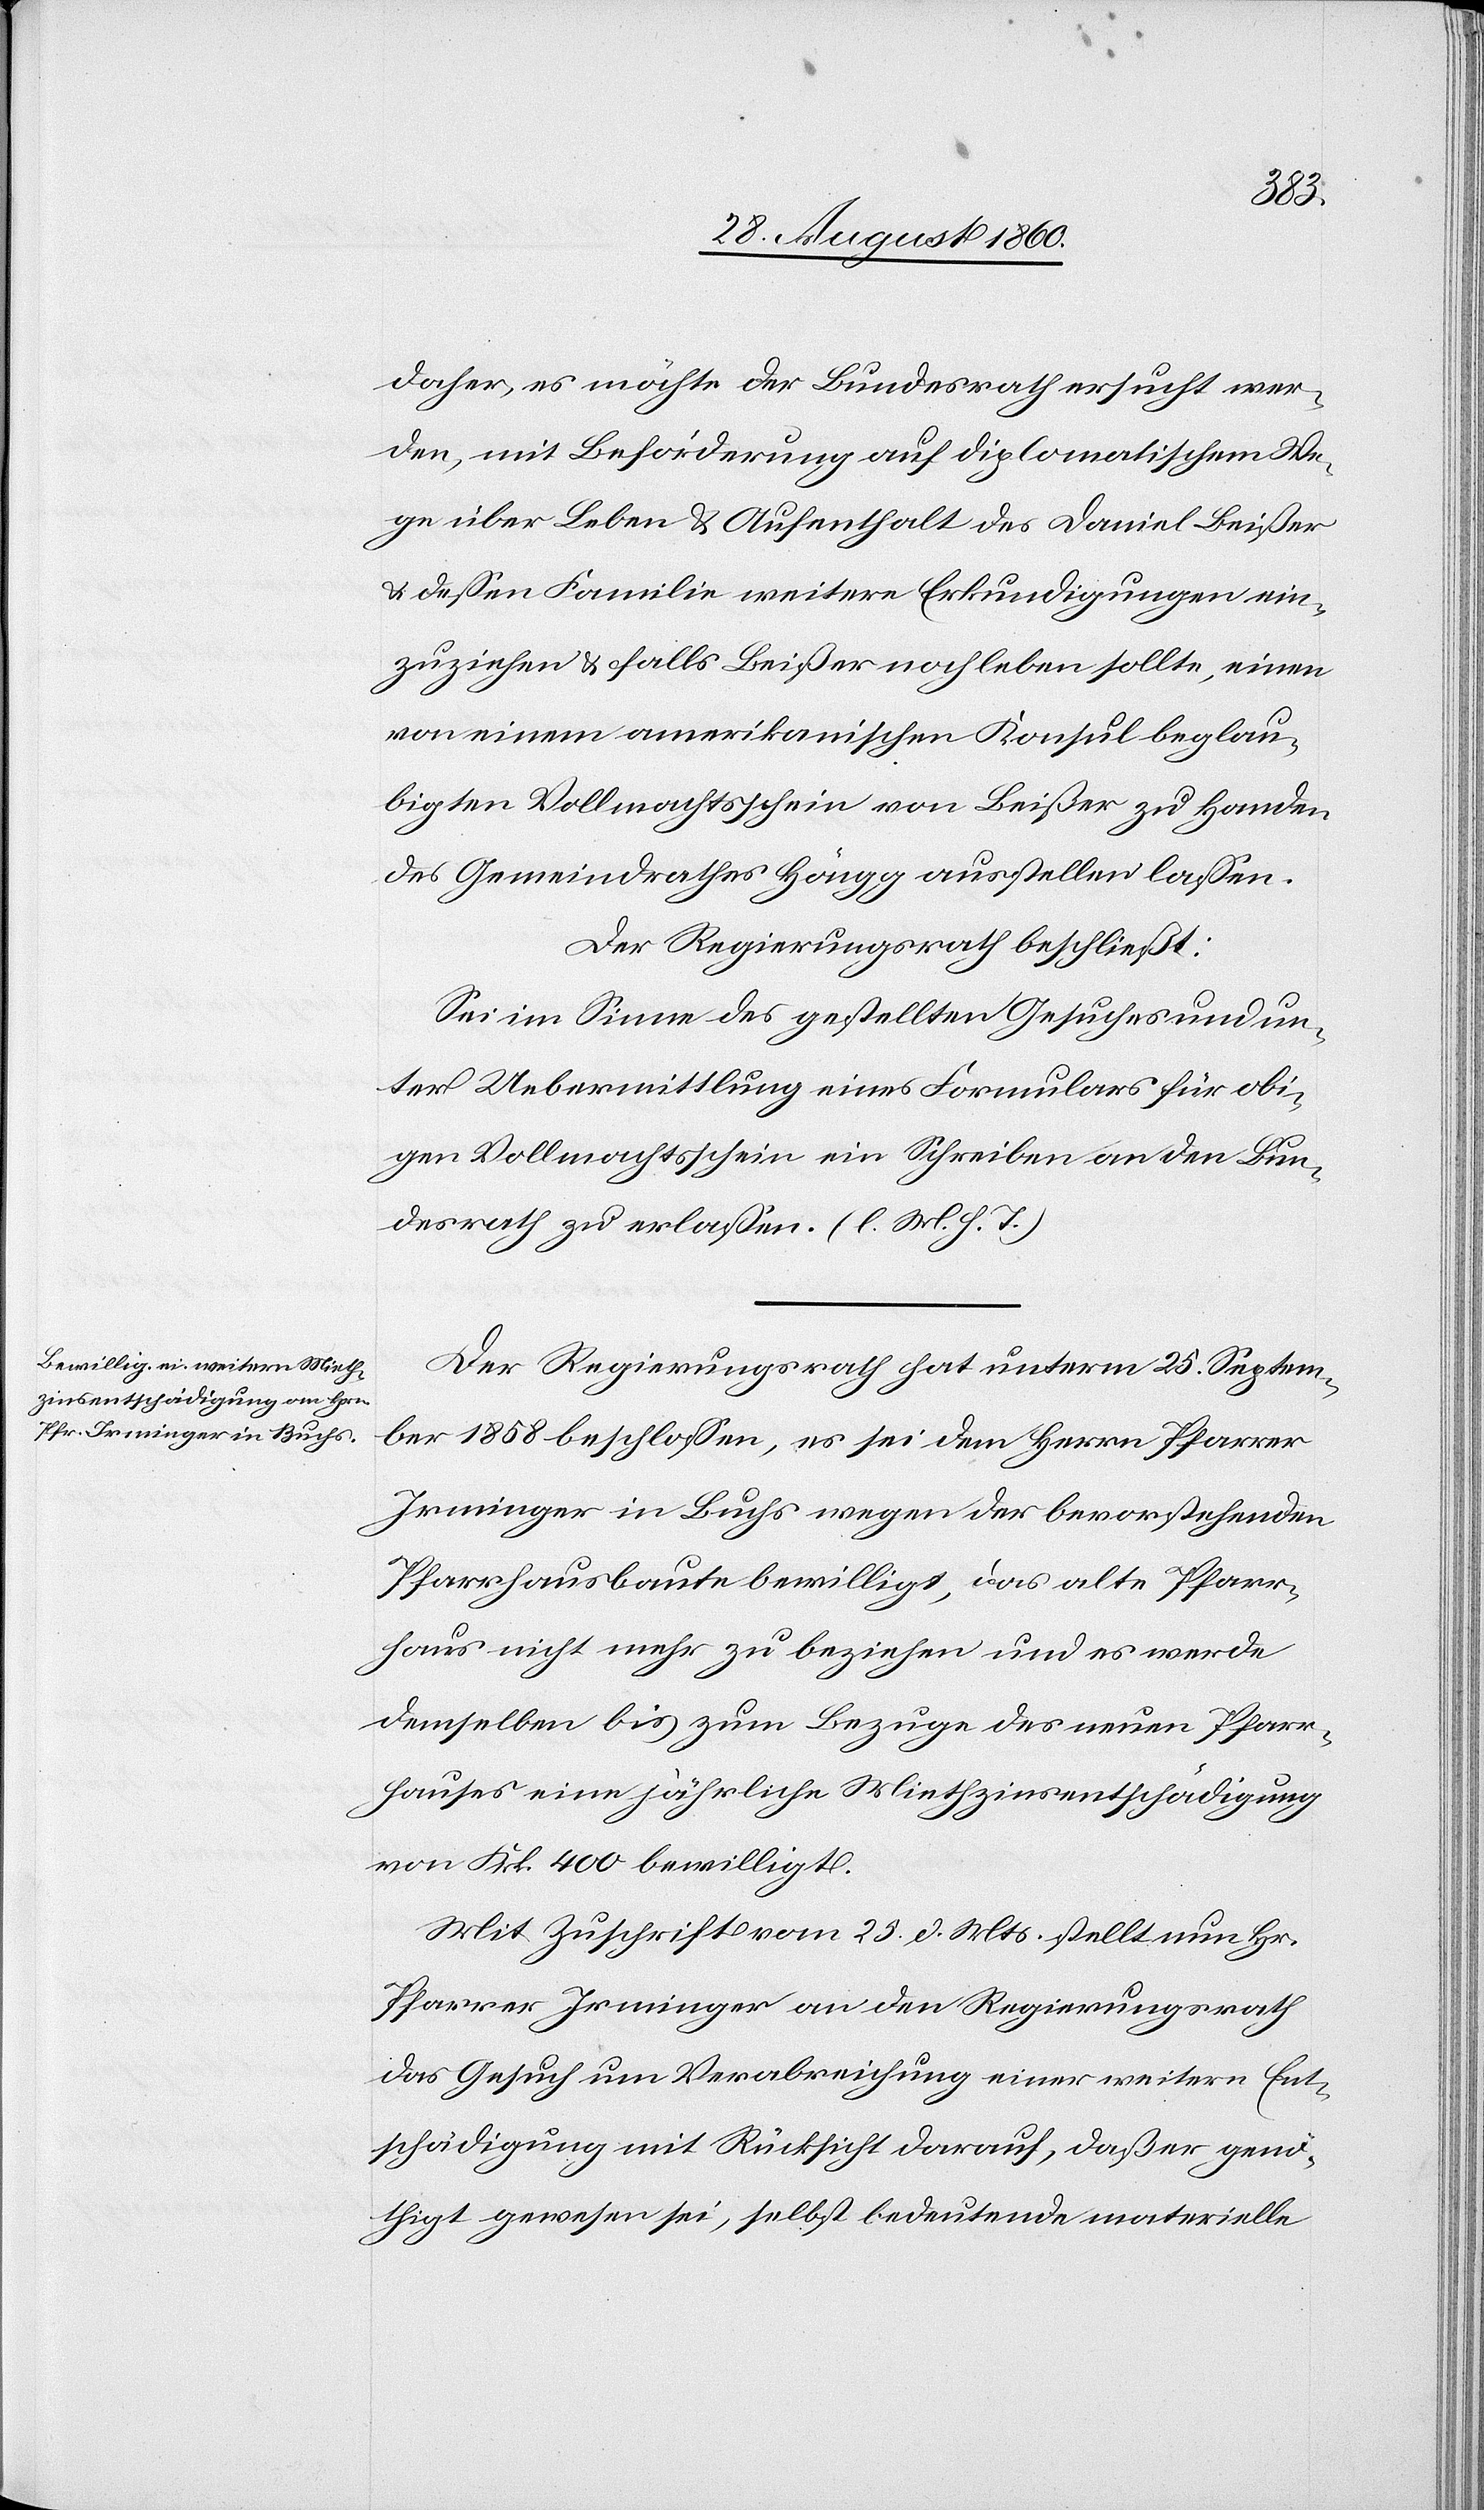
daher, es möchte der Bundesrath ersucht wer¬
den, mit Beförderung auf diplomatischem We¬
ge über Leben und Aufenthalt des Daniel Beisser
u. dessen Familie weitere Erkundigungen ein¬
zuziehen u. falls Beisser noch leben sollte, einen
von einem amerikanischen Konsul beglau¬
bigten Vollmachtsschein von Beisser zu Handen
des Gemeindrathes Höngg ausstellen zu lassen.
Der Regierungsrath beschliesst:
Sei im Sinne des gestellten Gesuches u. un¬
ter Uebermittlung eines Formulars für obi¬
gen Vollmachtsschein ein Schreiben an den Bun¬
desrath zu erlassen. (l. M. h. T.)
Der Regierungsrath hat unterm 25. Septem¬
ber 1858 beschlossen, es sei dem Herrn Pfarrer
Irminger in Buchs wegen der bevorstehenden
Pfarrhausbaute bewilligt, das alte Pfarr¬
haus nicht mehr zu beziehen und es werde
demselben bis zum Bezuge des neuen Pfarr¬
hauses eine jährliche Miethzinsentschädigung
von Frk. 400 bewilligt.
Mit Zuschrift vom 25. d. Mts. stellt nun Herr
Pfarrer Irminger an den Regierungsrath
das Gesuch um Verabreichung einer weitern Ent¬
schädigung mit Rücksicht darauf, dass er genö¬
thigt gewesen sei, selbst bedeutende materielle